Malaria in the Punjab - Number 46
Disease focus: Malaria
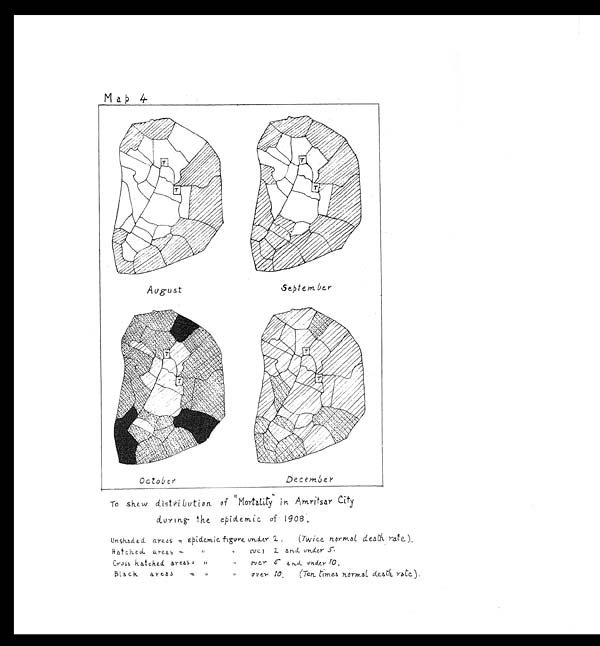
August
September
October
December
Map 4
To shew distribution of "Mortality in Amritsar City
during the epidemic of 1908
Unshaded areas = epidemic figure under 2.(Twice normal death
rate).
Hatched areas = " " over 2 and Under 5
Cross hatched areas = " " over 5 and under 10
Block areas = " "over 10 (Ten times normal death rate).